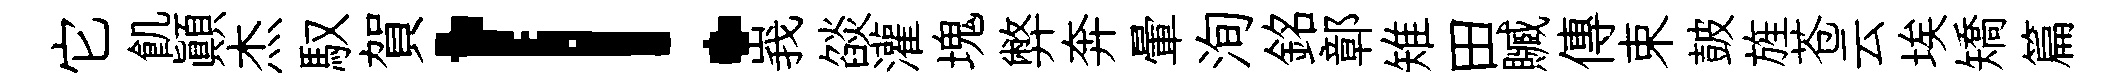
它飢顚杰馭賀！峩燄灌塊弊奔暈洵銘鄣雉田贓傳束皷旌苍云埃矯篇